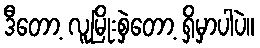
ဒီတော့ လူမြိုးစှဲတော့ ရှိမှာပါပဲ။